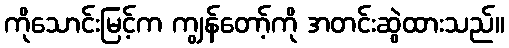
ကိုသောင်းမြင့်က ကျွန်တော့်ကို အတင်းဆွဲထားသည်။